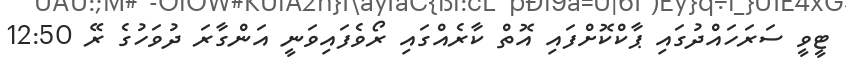
ޓީވީ ސަރަހައްދުގައި ޕާކްކޮށްފައި އޮތް ކާރެއްގައި ރޯވެފައިވަނީ އަންގާރަ ދުވަހުގެ ރޭ 12:50